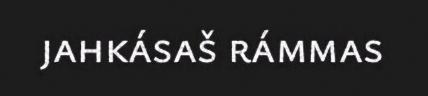
jahkásaš rámmas